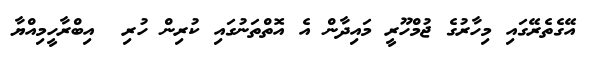
އޭގެތެރޭގައި މިހާރުގެ ޖުމްހޫރީ މައިދާން އެ އޮތްތަނުގައި ކުރިން ހުރި  އިބްރާހީމިއްޔާ